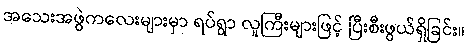
အသေးအဖွဲကလေးများမှာ ရပ်ရွာ လူကြီးများဖြင့် ပြီးစီးဖွယ်ရှိခြင်း။